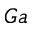
G a